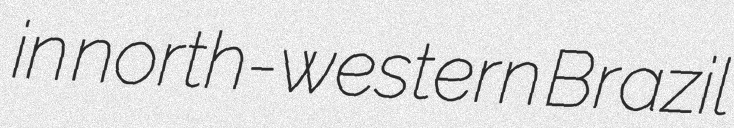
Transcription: in north-western Brazil